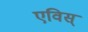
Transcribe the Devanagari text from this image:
एविस्